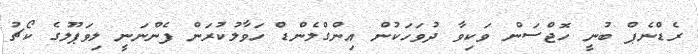
ރެޑްނެޕް ބުނީ ހޮޖްސަން ވަކިވާ ދުވަހަކުން އިންގްލެންޑް ހަވާލުކުރަން ފެންނަނީ ލިވަޕޫލުގެ ކޯޗު